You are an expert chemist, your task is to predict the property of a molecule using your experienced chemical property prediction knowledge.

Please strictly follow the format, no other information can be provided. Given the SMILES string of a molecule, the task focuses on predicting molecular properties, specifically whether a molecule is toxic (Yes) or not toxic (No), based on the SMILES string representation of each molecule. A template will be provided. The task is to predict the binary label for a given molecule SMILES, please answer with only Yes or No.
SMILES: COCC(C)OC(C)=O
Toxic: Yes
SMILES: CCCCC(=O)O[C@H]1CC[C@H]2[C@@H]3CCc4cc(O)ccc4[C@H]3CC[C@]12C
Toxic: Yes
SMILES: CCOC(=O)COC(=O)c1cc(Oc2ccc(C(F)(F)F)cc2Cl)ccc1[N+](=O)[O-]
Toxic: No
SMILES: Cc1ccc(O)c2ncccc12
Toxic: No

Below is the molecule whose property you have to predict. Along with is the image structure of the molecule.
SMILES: CN(C)C(=O)C1(N2CCCCC2)CCN(CCC2(c3ccc(Cl)c(Cl)c3)CN(C(=O)c3ccccc3)CCO2)CC1
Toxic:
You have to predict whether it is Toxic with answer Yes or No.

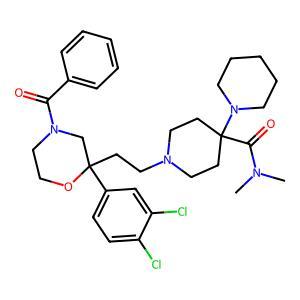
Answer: No